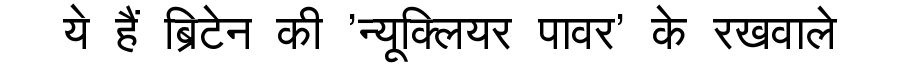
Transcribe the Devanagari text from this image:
ये हैं ब्रिटेन की 'न्यूक्लियर पावर' के रखवाले